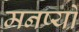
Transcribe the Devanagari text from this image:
मनष्यों